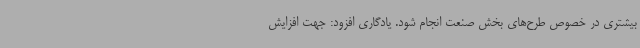
بیشتری در خصوص طرح‌های بخش صنعت انجام شود. یادگاری افزود: جهت افزایش